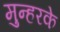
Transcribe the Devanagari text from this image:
मुन्हरके